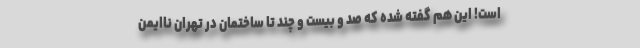
است! این هم گفته شده که صد و بیست و چند تا ساختمان در تهران ناایمن